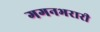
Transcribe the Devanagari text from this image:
गगनभरारी